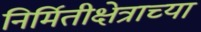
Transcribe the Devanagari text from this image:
निर्मितीक्षेत्राच्या